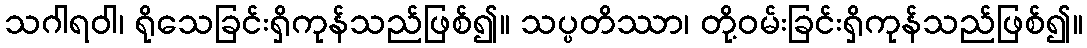
သဂါရဝါ၊ ရိုသေခြင်းရှိကုန်သည်ဖြစ်၍။ သပ္ပတိဿာ၊ တို့ဝမ်းခြင်းရှိကုန်သည်ဖြစ်၍။